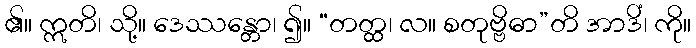
၏။ ဣတိ၊ သို့။ ဒေဿန္တော၊ ၍။ “တတ္ထ၊ လ။ စတုဗ္ဗိဓာ”တိ အာဒိံ၊ ကို။